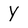
Character: Y